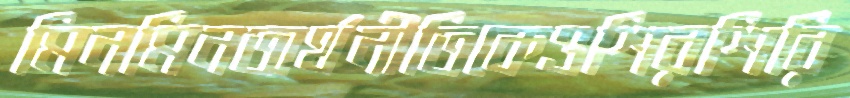
মিনমিনঅর্থনীতিকেওশিরশিরি